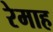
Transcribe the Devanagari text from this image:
रेमाह